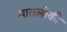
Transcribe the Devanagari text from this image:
घातलीकी